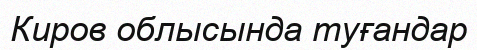
Киров облысында туғандар